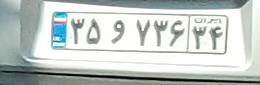
۳۵و۷۳۶۳۴